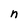
Character: n